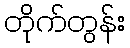
တိုက်တွန်း